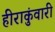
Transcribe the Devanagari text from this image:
हीराकुंवारी